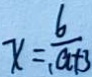
x = \frac { 6 } { 1 a + 3 }